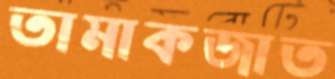
তামাকজাত